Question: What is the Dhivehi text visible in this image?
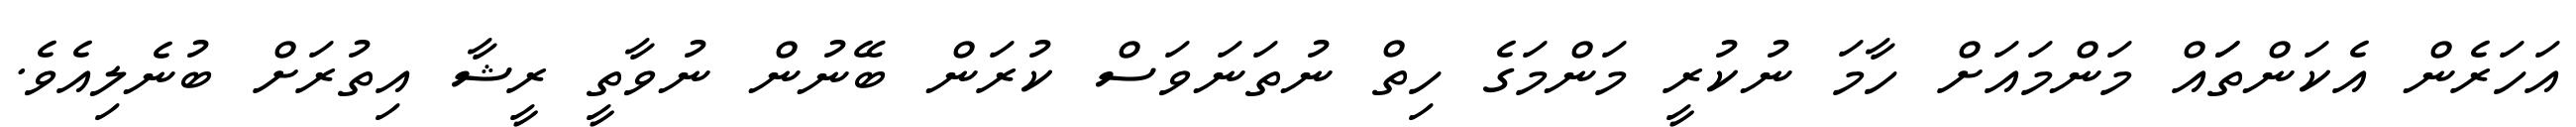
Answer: އަހަރެން އެކަންތަައް މަންމައަށް ހާމަ ނުކުރީ މަންމަގެ ހިތް ނުތަނަވަސް ކުރަން ބޭނުން ނުވާތީ ރީޝާ އިތުރަށް ބުނެލިއެވެ.